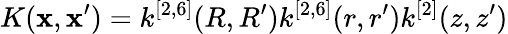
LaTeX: K({\mathbf{x}},{\mathbf{x}}^{\prime})=k^{[2,6]}(R,R^{\prime})k^{[2,6]}(r,r^{\prime})k^{[2]}(z,z^{\prime})